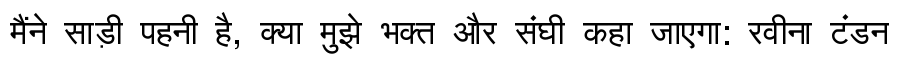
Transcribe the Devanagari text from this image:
मैंने साड़ी पहनी है, क्या मुझे भक्त और संघी कहा जाएगा: रवीना टंडन